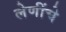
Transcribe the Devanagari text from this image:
लेणींचे